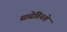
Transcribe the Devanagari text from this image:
साढेतिनशे